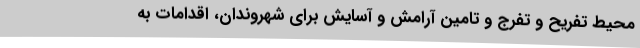
محیط تفریح و تفرج و تامین آرامش و آسایش برای شهروندان، اقدامات به